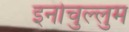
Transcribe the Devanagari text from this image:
इनोचुल्लुम